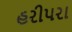
હરીપરા